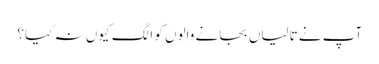
آپ نے تالیاں بجانے والوں کو الگ کیوں نہ کیا؟